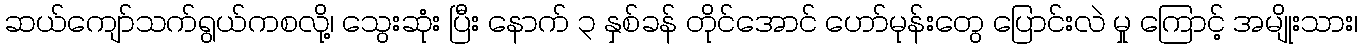
ဆယ်ကျော်သက်ရွယ်ကစလို့၊ သွေးဆုံး ပြီး နောက် ၃ နှစ်ခန် တိုင်အောင် ဟော်မုန်းတွေ ပြောင်းလဲ မှု ကြောင့် အမျိုးသား၊